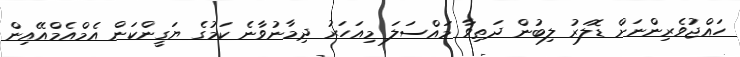
ހައްޖުވެރިންނަށް ޑޮލަރު ލިބުން ދަތިވާ މައްސަލަ މިއަހަރު ދިމާނުވާނެ ކަމުގެ ޔަގީންކަން އެމްއެމްއޭއިން